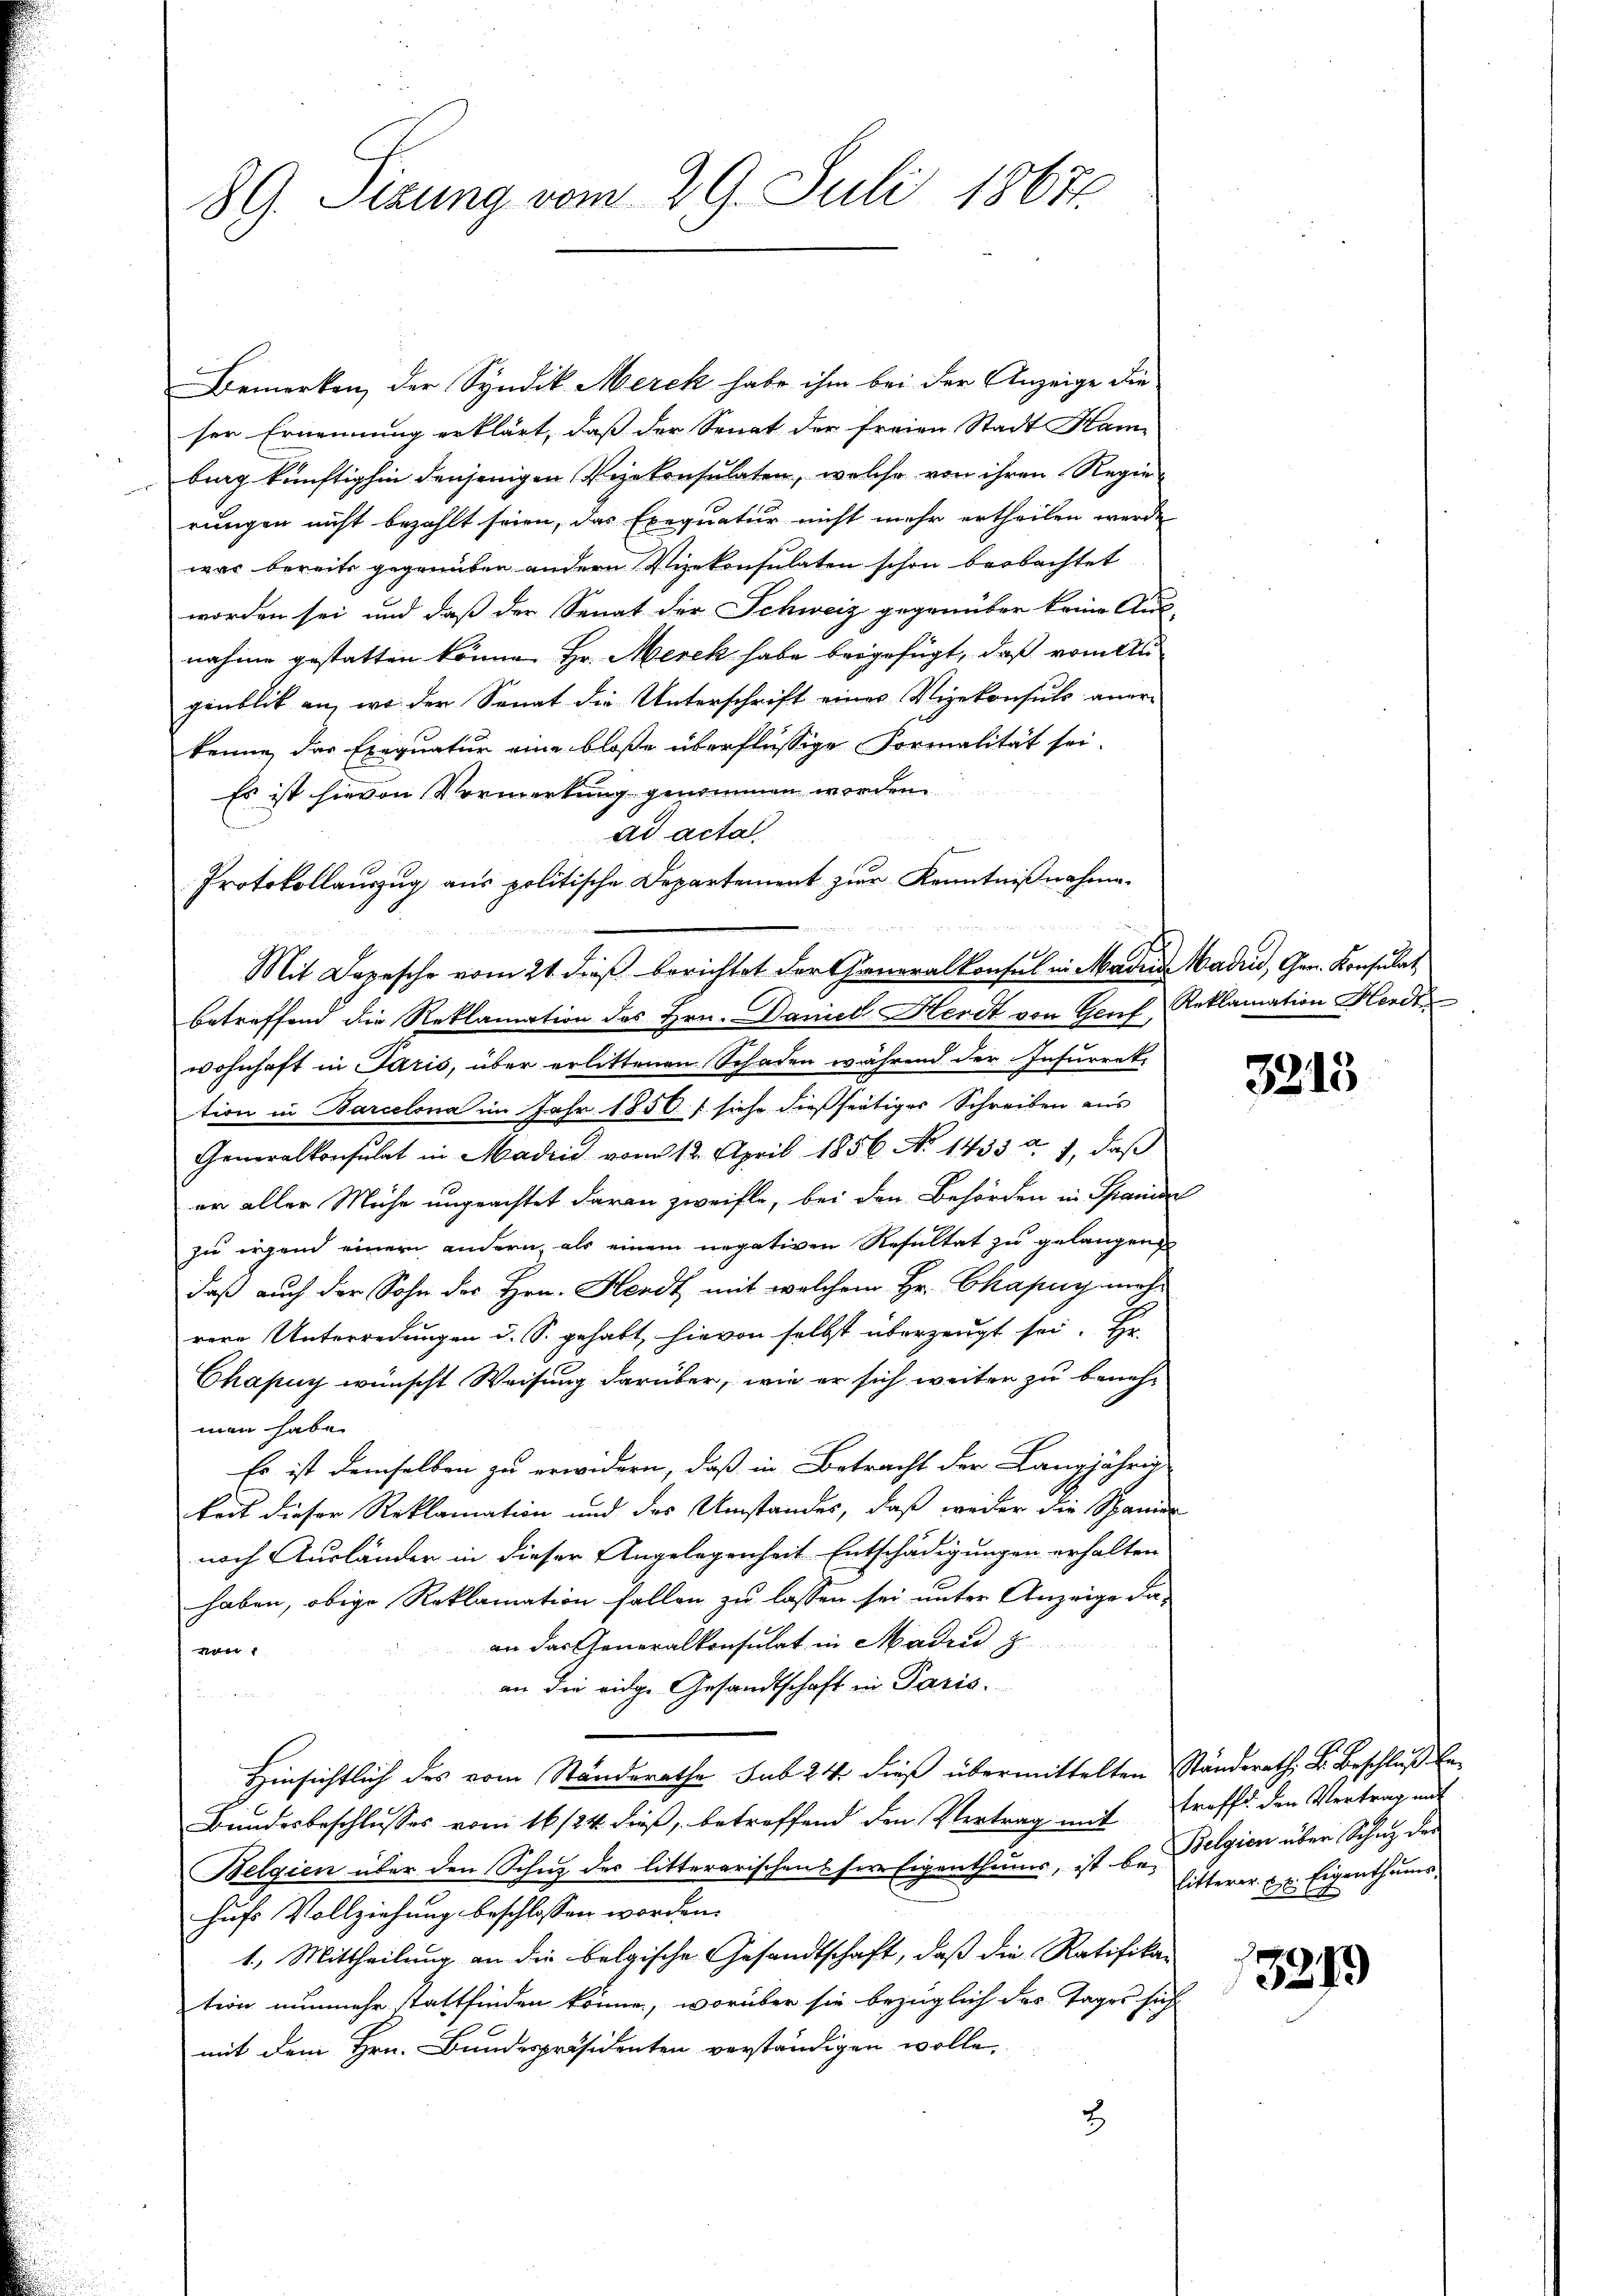
89. Sizung vom 29. Juli 18671.

Bemerken, der Syndik. Merck habe ihm bei der Anzeige die
ser Ernennung erklärt, daß der Senat der freien Stadt Ham
brag künftighin denjenigen Vizekonsulaten, welche von ihren Regierungen nicht bezahlt seien, das Exequatur nicht mehr ertheilen werde
was bereits gegründen andern Vizekonsulaten schon beobachtet
worden sei und daß der Senat der Schweiz gegenüber keine Aus-
nahme gestatten könne. Hr. Merek habe beigefügt, daß vom Au
ginblick an, wo der Senat die Unterschrift eines Vizekonsuls aner-
kenne, das Exequatur eine bloße überflüssige Formalität sei.
Es ist hievon Vormerkung genommen worden.
ad actal
betreffend die Reklamation des Hrn. Daniel Herdt von Genf, Reklamation Herdt
wohnhaft in Paris, über erlittenen Schaden während der Insurret.
tion in Barcelona im Jahr 1850 / siehe dießseitiger Schreiben aus
Generalkonsulat in Madrid vom 12. April 1856 No 1433 u. 7, daβ
er aller Mühe ungeachtet daran zweifle, bei den Behörden in Spanien
zu irgend einer andern, als einem negativen Resultat zu gelangen
daß auch der Sohn der Hrn. Herdt mit welchem Hr. Ckapuy moh-
rere Unterredungen d. S. gehabt, hievon selbst überzeugt sei. Hr.
Chapuy wünscht Weisung darüber, wie er sich weiter zu beneh-
men habe.
Es ist demselben zu erwidern, daß in Betracht der Langjährig
keit dieser Reklamation und des Umstandes, daß weder die Spanier
nach Ausländer in dieser Angelegenheit Entschädigungen erhalten
haben, obige Reklamation fallen zu lassen sei unter Anzeige da
an das Generalkonsulat in Madrid z
nen
an die eidge Gesandtschaft in Paris.
Hinsichtlich des vom Standerathe sub 24 dieß übermittelten Ständerath, S. Beschluß be¬
Bundesbeschlŭsses vom 16/24. dieß, betreffend den Vertrag mit treff den Vertrag mit
Belgien über den Schuz des litterarischens ser Eigenthums, ist bei Belgien über Schutz der
hufs Vollziehung beschlossen worden.
1. Mittheilung an die belgische Gesandtschaft, daß die Ratifika-
tion nunmehr stattfinden könne, worüber sie bezüglich des Tages sich
mit dem Hrn. Bundespräsidenten verständigen wolle,
2

Protokollauszug aus politische Departement zur Kenntnißnahme.
Mit Depesche vom 21. dieß berichtet der Generalkonsul in Maden Waden, Gen. Konsulat

3213

litterer u. s. Eigenthums

3279)